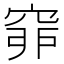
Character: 𥥺